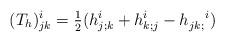
LaTeX: \begin{align*}(T_h)^i_{jk}= \tfrac{1}{2} (h^i_{j;k} + h^i_{k;j} - h_{jk;}^{\;\;\;\;\; i} )\end{align*}